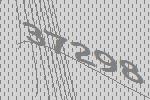
37298